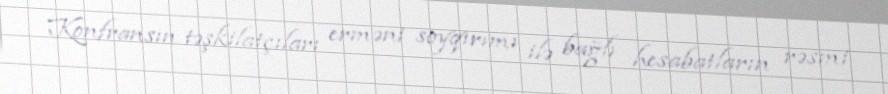
Konfransın təşkilatçıları erməni soyqırımı ilə bağlı hesabatların rəsmi